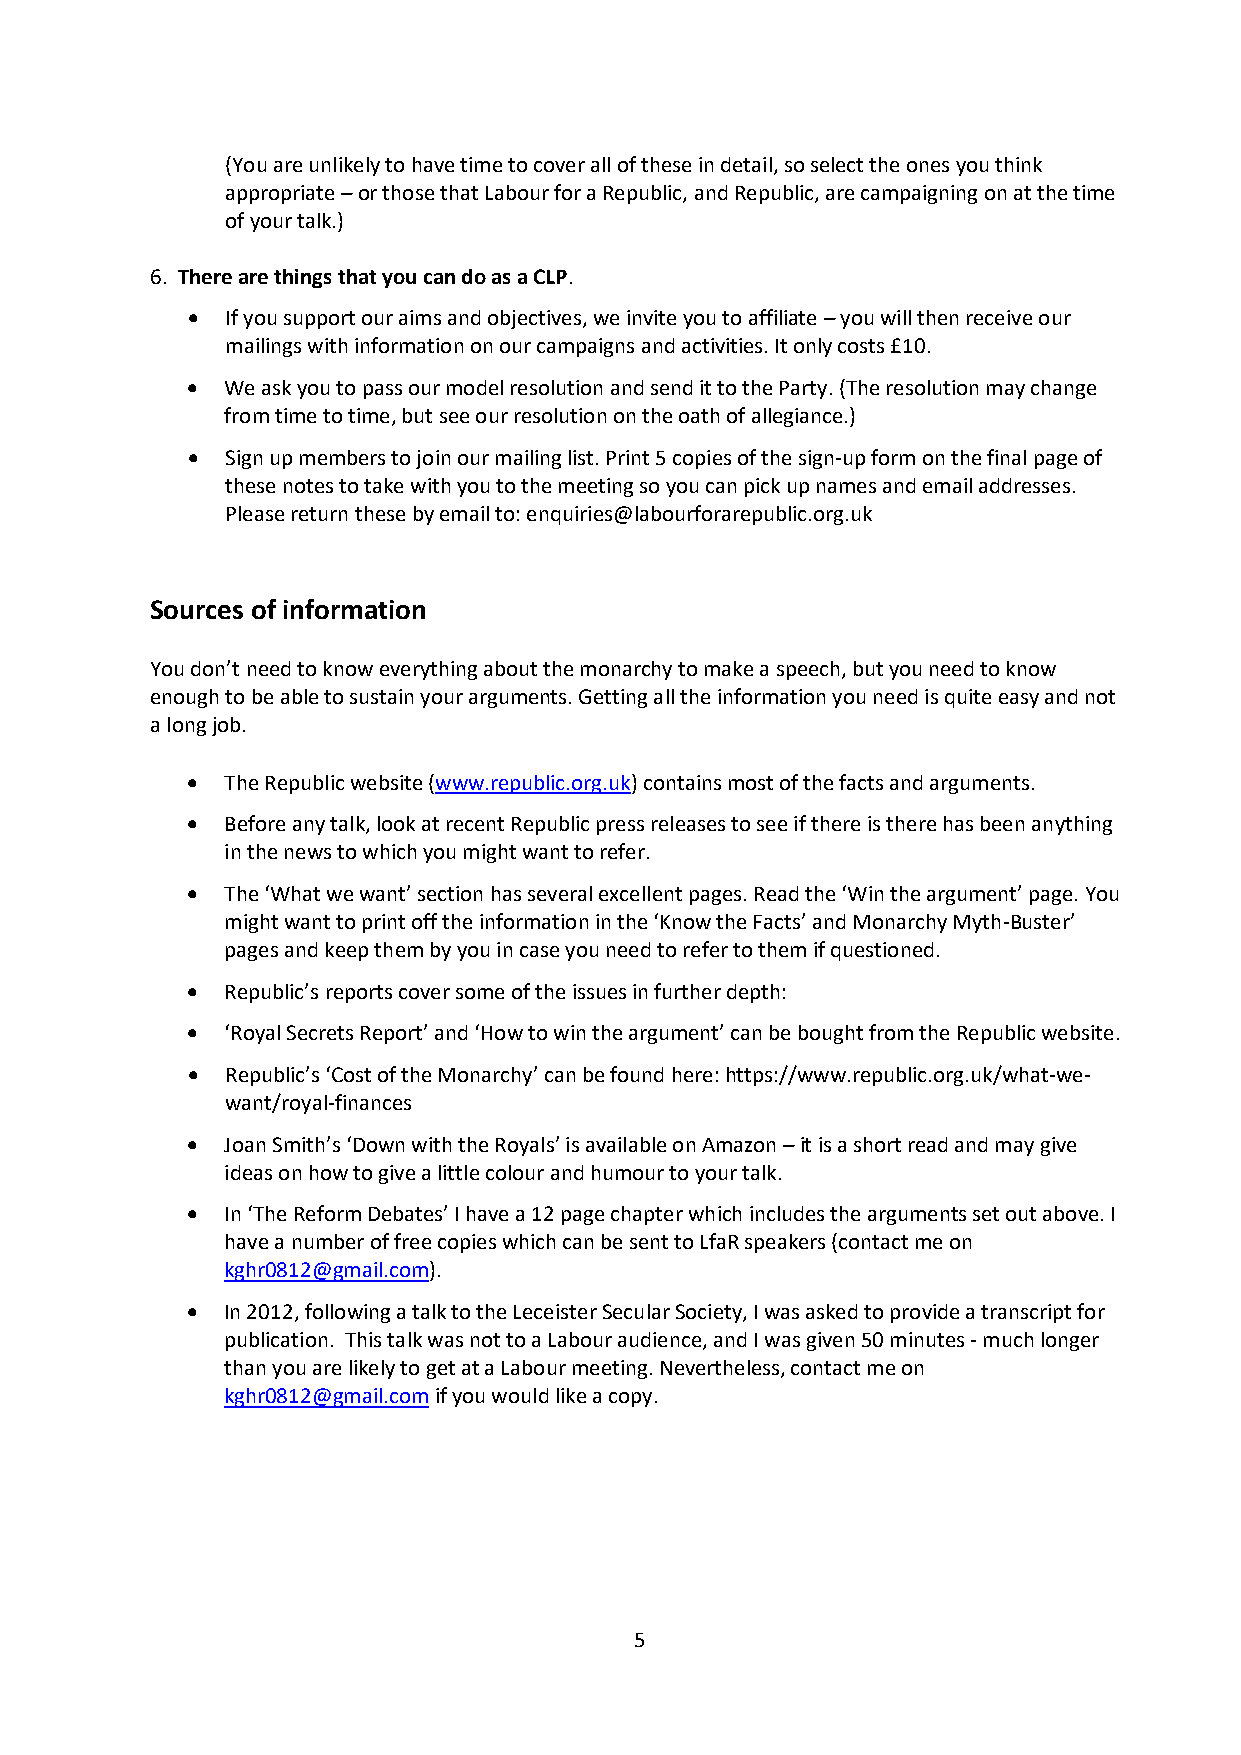
(You are unlikely to have time to cover all of these in detail, so select the ones you think
 appropriate – or those that Labour for a Republic, and Republic, are campaigning on at the time
 of your talk.)
 6. There are things that you can do as a CLP.
   If you support our aims and objectives, we invite you to affiliate – you will then receive our
 mailings with information on our campaigns and activities. It only costs £10.
   We ask you to pass our model resolution and send it to the Party. (The resolution may change
 from time to time, but see our resolution on the oath of allegiance.)
   Sign up members to join our mailing list. Print 5 copies of the sign-up form on the final page of
 these notes to take with you to the meeting so you can pick up names and email addresses.
 Please return these by email to: enquiries@labourforarepublic.org.uk
 Sources of information
 You don’t need to know everything about the monarchy to make a speech, but you need to know
 enough to be able to sustain your arguments. Getting all the information you need is quite easy and not
 a long job.
   The Republic website (www.republic.org.uk) contains most of the facts and arguments.
   Before any talk, look at recent Republic press releases to see if there is there has been anything
 in the news to which you might want to refer.
   The ‘What we want’ section has several excellent pages. Read the ‘Win the argument’ page. You
 might want to print off the information in the ‘Know the Facts’ and Monarchy Myth-Buster’
 pages and keep them by you in case you need to refer to them if questioned.
   Republic’s reports cover some of the issues in further depth:
   ‘Royal Secrets Report’ and ‘How to win the argument’ can be bought from the Republic website.
   Republic’s ‘Cost of the Monarchy’ can be found here: https://www.republic.org.uk/what-we-
 want/royal-finances
   Joan Smith’s ‘Down with the Royals’ is available on Amazon – it is a short read and may give
 ideas on how to give a little colour and humour to your talk.
   In ‘The Reform Debates’ I have a 12 page chapter which includes the arguments set out above. I
 have a number of free copies which can be sent to LfaR speakers (contact me on
 kghr0812@gmail.com).
   In 2012, following a talk to the Leceister Secular Society, I was asked to provide a transcript for
 publication. This talk was not to a Labour audience, and I was given 50 minutes - much longer
 than you are likely to get at a Labour meeting. Nevertheless, contact me on
 kghr0812@gmail.com if you would like a copy.
 5